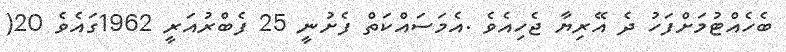
ބެހެއްޓުމަށްފަހު ދެ އޭރިޔާ ޖެހިއެވެ .އެމަސައްކަތް ފެށުނީ 25 ފެބްރުއަރީ 1962ގައެވެ 20(